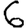
Digit: 6